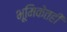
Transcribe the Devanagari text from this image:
भूमिकेतही